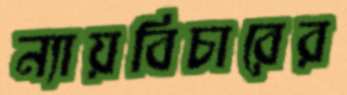
ন্যায়বিচারের